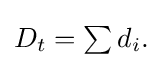
{\textstyle D_{t}=\sum d_{i}.}